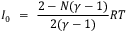
I _ { 0 } ~ = ~ \frac { 2 - N ( \gamma - 1 ) } { 2 ( \gamma - 1 ) } R T